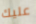
عليك